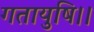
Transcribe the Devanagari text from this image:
गतायुषि।।